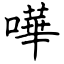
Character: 嘩